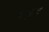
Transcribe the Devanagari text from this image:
१०फ़ुट